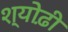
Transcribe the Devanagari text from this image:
श्योढ़ी